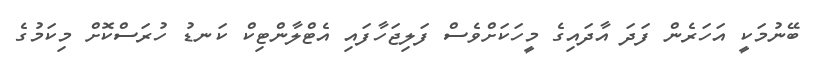
ބޭނުމަކީ އަހަރެން ފަދަ އާދައިގެ މީހަކަށްވެސް ފަލިޖަހާފައި އެޓްލާންޓިކް ކަނޑު ހުރަސްކޮށް މިކަމުގެ